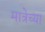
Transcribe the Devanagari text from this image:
मात्रेच्या